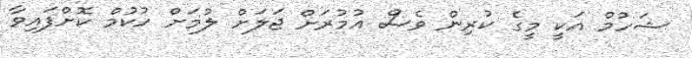
ޝަހުމް އަކީ މީގެ ކުރިން ވެސް އުމުރަށް ޖަލަށް ލުމަށް ހުކުމް ކޮށްފައިވާ